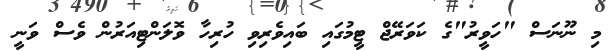
މި ނޫނަސް "ހަވީރު"ގެ ކަވަރޭޖް ޓީމުގައި ބައިވެރިވި ހުރިހާ ވޮލަންޓިއަރުން ވެސް ވަނީ